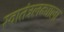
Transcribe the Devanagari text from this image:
स्वातंत्रलढ्याला